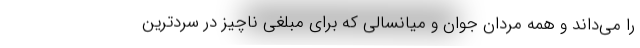
را مي‌داند و همه مردان جوان و ميانسالي كه براي مبلغي ناچيز در سردترين